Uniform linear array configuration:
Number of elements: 16
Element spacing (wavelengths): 0.5
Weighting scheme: uniform
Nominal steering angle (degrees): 15
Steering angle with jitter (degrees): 16.501
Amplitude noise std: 0.05
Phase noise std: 0.05

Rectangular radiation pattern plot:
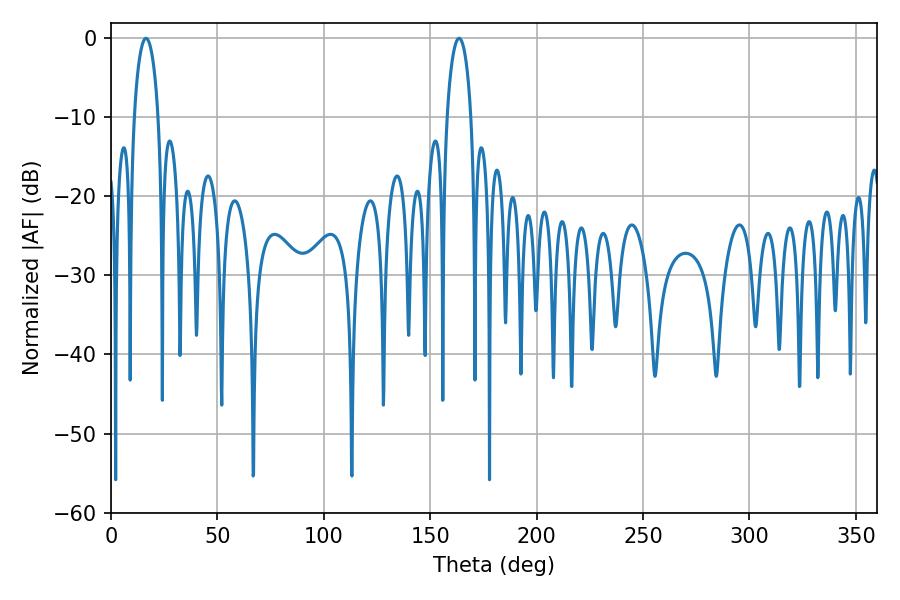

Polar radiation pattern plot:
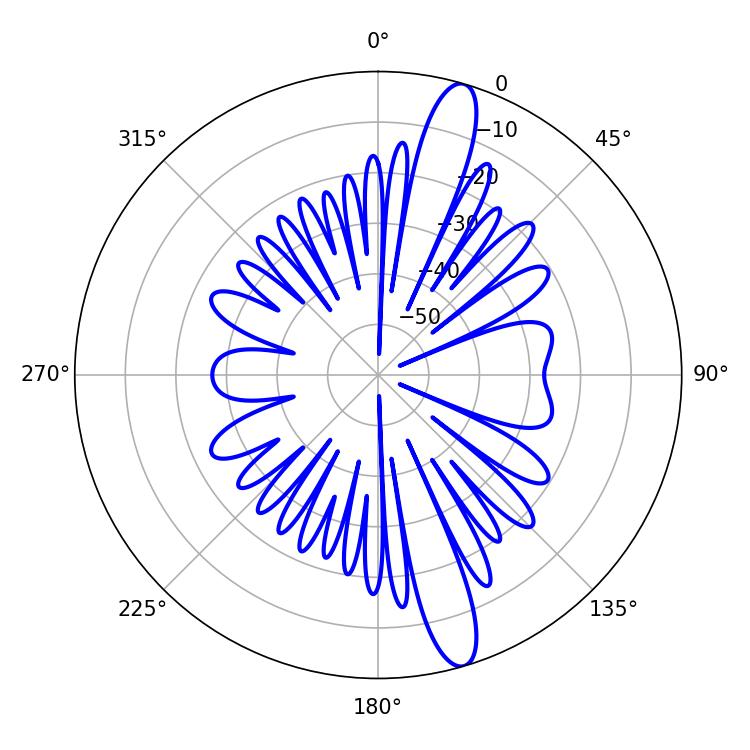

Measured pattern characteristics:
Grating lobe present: FALSE
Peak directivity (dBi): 14.307
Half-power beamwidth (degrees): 6.3
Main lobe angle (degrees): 16.38